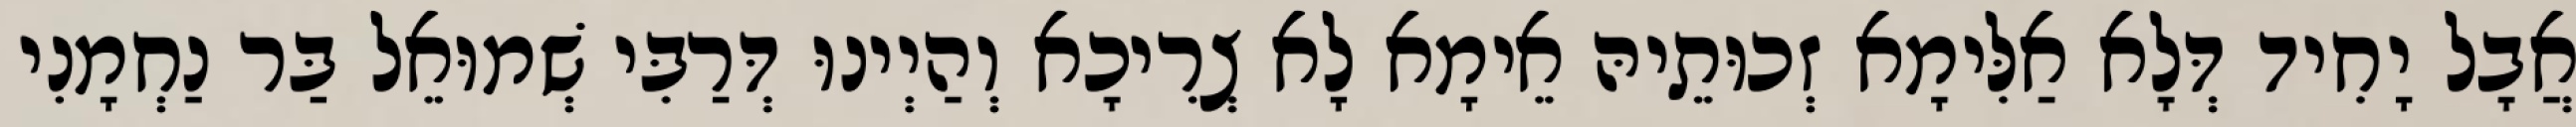
אֲבָל יָחִיד דְּלָא אַלִּימָא זְכוּתֵיהּ אֵימָא לָא צְרִיכָא וְהַיְינוּ דְּרַבִּי שְׁמוּאֵל בַּר נַחְמָנִי